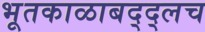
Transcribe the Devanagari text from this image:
भूतकाळाबद्द्लच